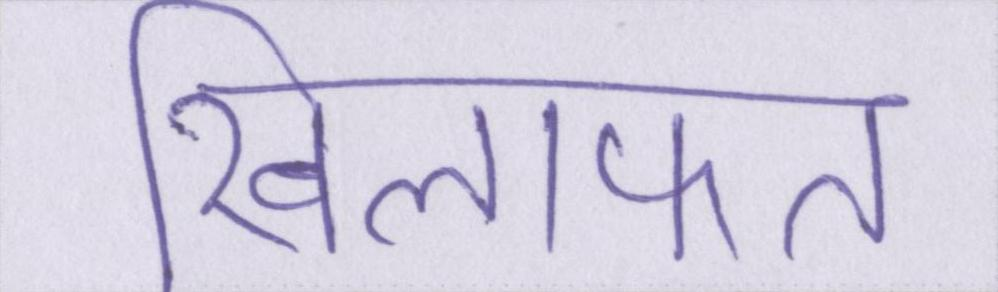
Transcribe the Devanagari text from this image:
खिलाफत